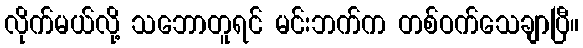
လိုက်မယ်လို့ သဘောတူရင် မင်းဘက်က တစ်ဝက်သေချာပြီ။